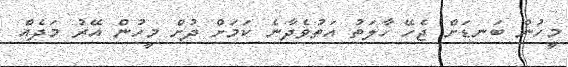
މީހުން ބަނޑަށް ޖެހޭ ހާލަތު އަތުވެދާނެ ކަމަށް ދުށް މީހުން އޭރު މަދެއް